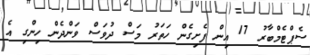
ސެޕްޓެމްބާރު 17 އިން ފެށިގެން ހަތަރު މަސް ދުވަސް ވަންދެން ހިންގި އެ